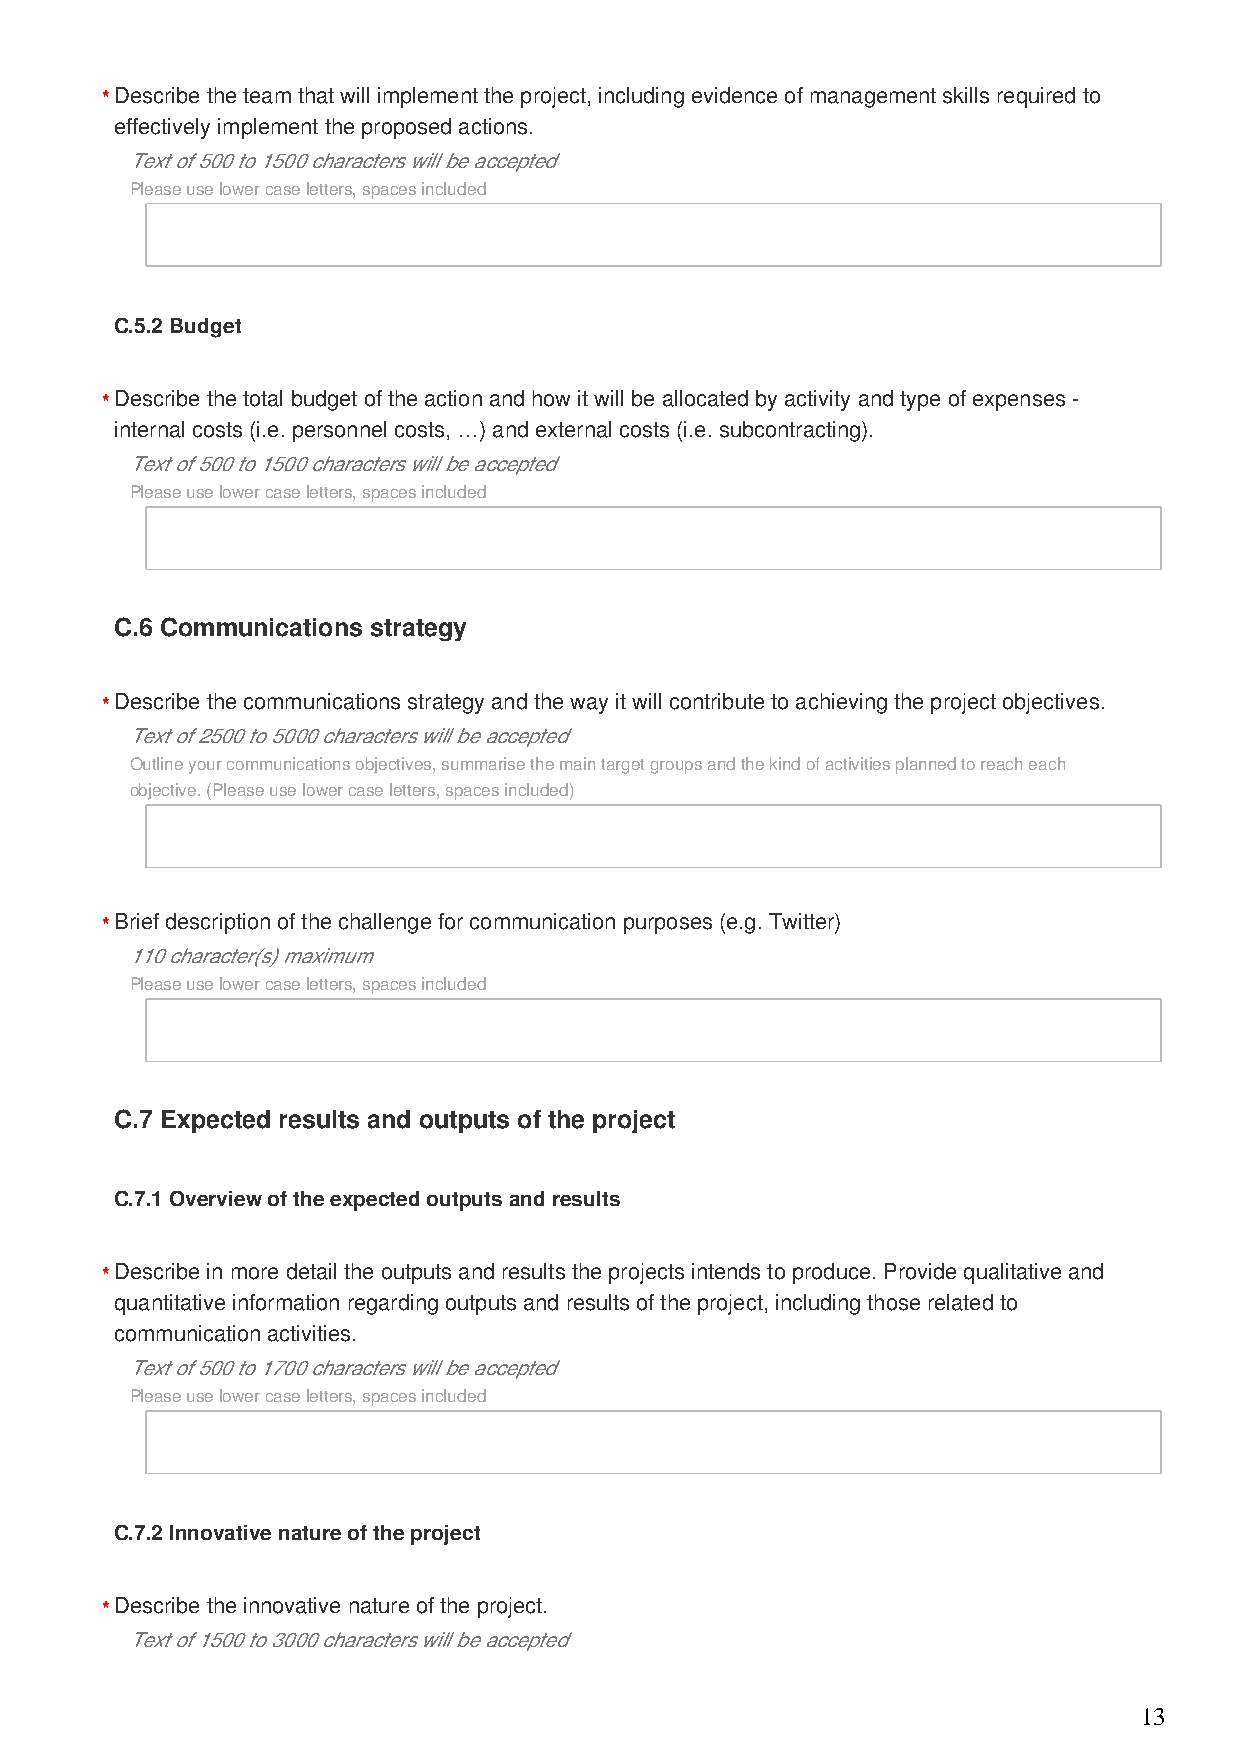
*Describe the team that will implement the project, including evidence of management skills required to
 effectively implement the proposed actions.
 Text of 500 to 1500 characters will be accepted
 Please use lower case letters, spaces included
 C.5.2 Budget
 *Describe the total budget of the action and how it will be allocated by activity and type of expenses -
 internal costs (i.e. personnel costs, …) and external costs (i.e. subcontracting).
 Text of 500 to 1500 characters will be accepted
 Please use lower case letters, spaces included
 C.6 Communications strategy
 *Describe the communications strategy and the way it will contribute to achieving the project objectives.
 Text of 2500 to 5000 characters will be accepted
 Outline your communications objectives, summarise the main target groups and the kind of activities planned to reach each
 objective. (Please use lower case letters, spaces included)
 *Brief description of the challenge for communication purposes (e.g. Twitter)
 110 character(s) maximum
 Please use lower case letters, spaces included
 C.7 Expected results and outputs of the project
 C.7.1 Overview of the expected outputs and results
 *Describe in more detail the outputs and results the projects intends to produce. Provide qualitative and
 quantitative information regarding outputs and results of the project, including those related to
 communication activities.
 Text of 500 to 1700 characters will be accepted
 Please use lower case letters, spaces included
 C.7.2 Innovative nature of the project
 *Describe the innovative nature of the project.
 Text of 1500 to 3000 characters will be accepted
 13